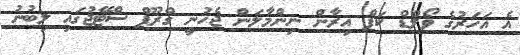
އެ އަހަރުގެ ވޯލްޑް ކަޕް އިރާން ނިންމާލަން ޖެހުނީ ގްރޫޕް ސްޓޭޖުގައި ލިބުނު